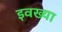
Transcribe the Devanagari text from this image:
इवख्या